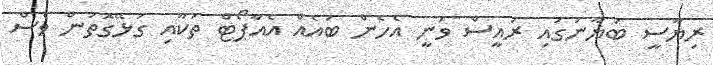
ރިޔާސީ ބަޔާނުގައި ރައީސް ވަނީ އެހެން ބައެއް އެއާޕޯޓް ތަކާއި ގުޅޭގޮތުން ވެސް